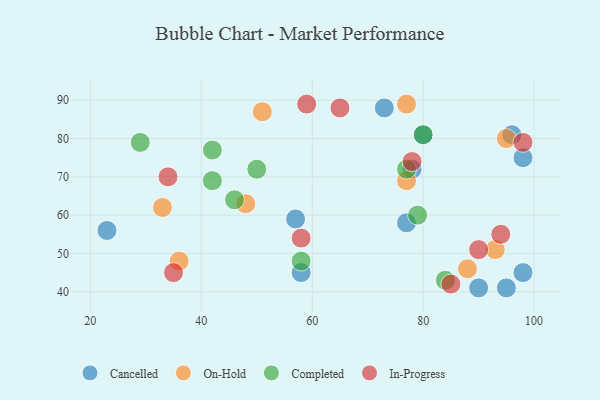
{"axis": {"x": "GDP", "y": "Life Expectancy"}, "legend": ["Cancelled", "Completed", "In-Progress", "On-Hold"], "data": [{"x": "80", "y": 81, "type": "Cancelled"}, {"x": "98", "y": 75, "type": "Cancelled"}, {"x": "77", "y": 58, "type": "Cancelled"}, {"x": "57", "y": 59, "type": "Cancelled"}, {"x": "23", "y": 56, "type": "Cancelled"}, {"x": "95", "y": 41, "type": "Cancelled"}, {"x": "78", "y": 72, "type": "Cancelled"}, {"x": "90", "y": 41, "type": "Cancelled"}, {"x": "98", "y": 45, "type": "Cancelled"}, {"x": "73", "y": 88, "type": "Cancelled"}, {"x": "96", "y": 81, "type": "Cancelled"}, {"x": "58", "y": 45, "type": "Cancelled"}, {"x": "33", "y": 62, "type": "On-Hold"}, {"x": "77", "y": 89, "type": "On-Hold"}, {"x": "88", "y": 46, "type": "On-Hold"}, {"x": "95", "y": 80, "type": "On-Hold"}, {"x": "36", "y": 48, "type": "On-Hold"}, {"x": "77", "y": 69, "type": "On-Hold"}, {"x": "93", "y": 51, "type": "On-Hold"}, {"x": "48", "y": 63, "type": "On-Hold"}, {"x": "51", "y": 87, "type": "On-Hold"}, {"x": "42", "y": 77, "type": "Completed"}, {"x": "79", "y": 60, "type": "Completed"}, {"x": "42", "y": 69, "type": "Completed"}, {"x": "80", "y": 81, "type": "Completed"}, {"x": "84", "y": 43, "type": "Completed"}, {"x": "29", "y": 79, "type": "Completed"}, {"x": "77", "y": 72, "type": "Completed"}, {"x": "50", "y": 72, "type": "Completed"}, {"x": "46", "y": 64, "type": "Completed"}, {"x": "58", "y": 48, "type": "Completed"}, {"x": "65", "y": 88, "type": "In-Progress"}, {"x": "90", "y": 51, "type": "In-Progress"}, {"x": "78", "y": 74, "type": "In-Progress"}, {"x": "59", "y": 89, "type": "In-Progress"}, {"x": "94", "y": 55, "type": "In-Progress"}, {"x": "35", "y": 45, "type": "In-Progress"}, {"x": "34", "y": 70, "type": "In-Progress"}, {"x": "85", "y": 42, "type": "In-Progress"}, {"x": "58", "y": 54, "type": "In-Progress"}, {"x": "98", "y": 79, "type": "In-Progress"}]}